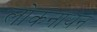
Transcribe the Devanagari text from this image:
लोकनाथन